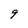
Character: 9